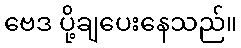
ဗေဒ ပို့ချပေးနေသည်။